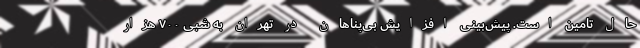
حال تامین است. پیش‌بینی افزایش بی‌پناهان در تهران به شبی ۷۰۰ هزار